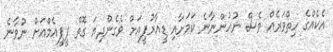
އެކެއްގެ ހިތްވަރެއް ވެސް ނުހުންނާނެ ކަމަށާއި ޑީއާރުޕީއަށް ވެގެންދިޔަ ގޮތް ޕީޕީއެމްއަށް ނުވާނެ